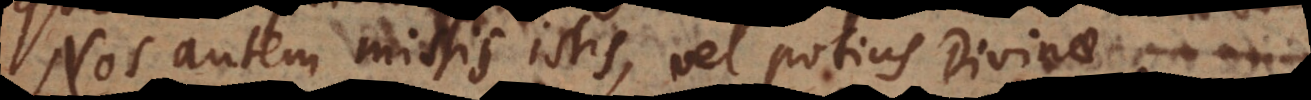
Nos autem missis istis, vel potius Divinae